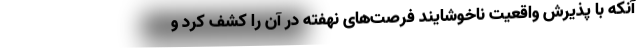
آنکه با پذیرش واقعیتِ ناخوشایند فرصت‌های نهفته در آن را کشف کرد و